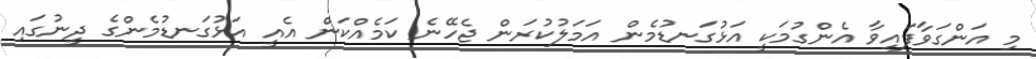
މި އަންގަވާފައިވާ އެންގުމަކީ އަޅުގަނޑުމެން އަމަލުކުރަން ޖެހޭނެ ކަމެއްކަން އެއީ އަޅުގަނޑުމެންގެ ދީނުގައި